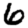
Digit: 6